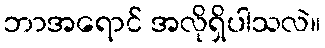
ဘာအရောင် အလိုရှိပါသလဲ။